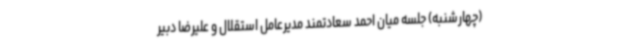
(چهارشنبه) جلسه میان احمد سعادتمند مدیرعامل استقلال و علیرضا دبیر